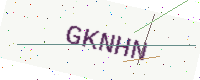
Text: GKNHN